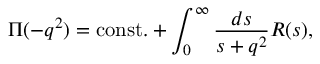
\Pi ( - q ^ { 2 } ) = \mathrm { c o n s t . } + \int _ { 0 } ^ { \infty } { \frac { d s } { s + q ^ { 2 } } } R ( s ) ,